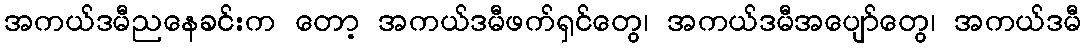
အကယ်ဒမီညနေခင်းက တော့ အကယ်ဒမီဖက်ရှင်တွေ၊ အကယ်ဒမီအပျော်တွေ၊ အကယ်ဒမီ